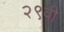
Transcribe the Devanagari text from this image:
२९वी